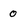
Character: 0